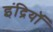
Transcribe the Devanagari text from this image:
इंद्रियॉ